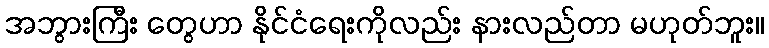
အဘွားကြီး တွေဟာ နိုင်ငံရေးကိုလည်း နားလည်တာ မဟုတ်ဘူး။